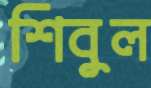
শিবুল